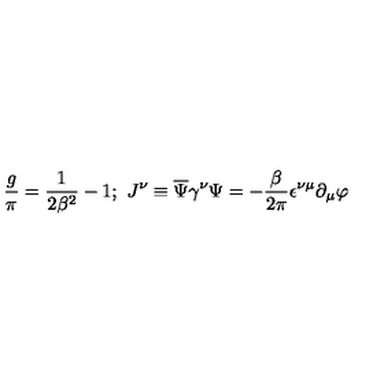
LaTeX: \frac { g } { \pi } = \frac { 1 } { 2 \beta ^ { 2 } } - 1 ; \ J ^ { \nu } \equiv \overline { { \Psi } } \gamma ^ { \nu } \Psi = - \frac { \beta } { 2 \pi } \epsilon ^ { \nu \mu } \partial _ { \mu } \varphi